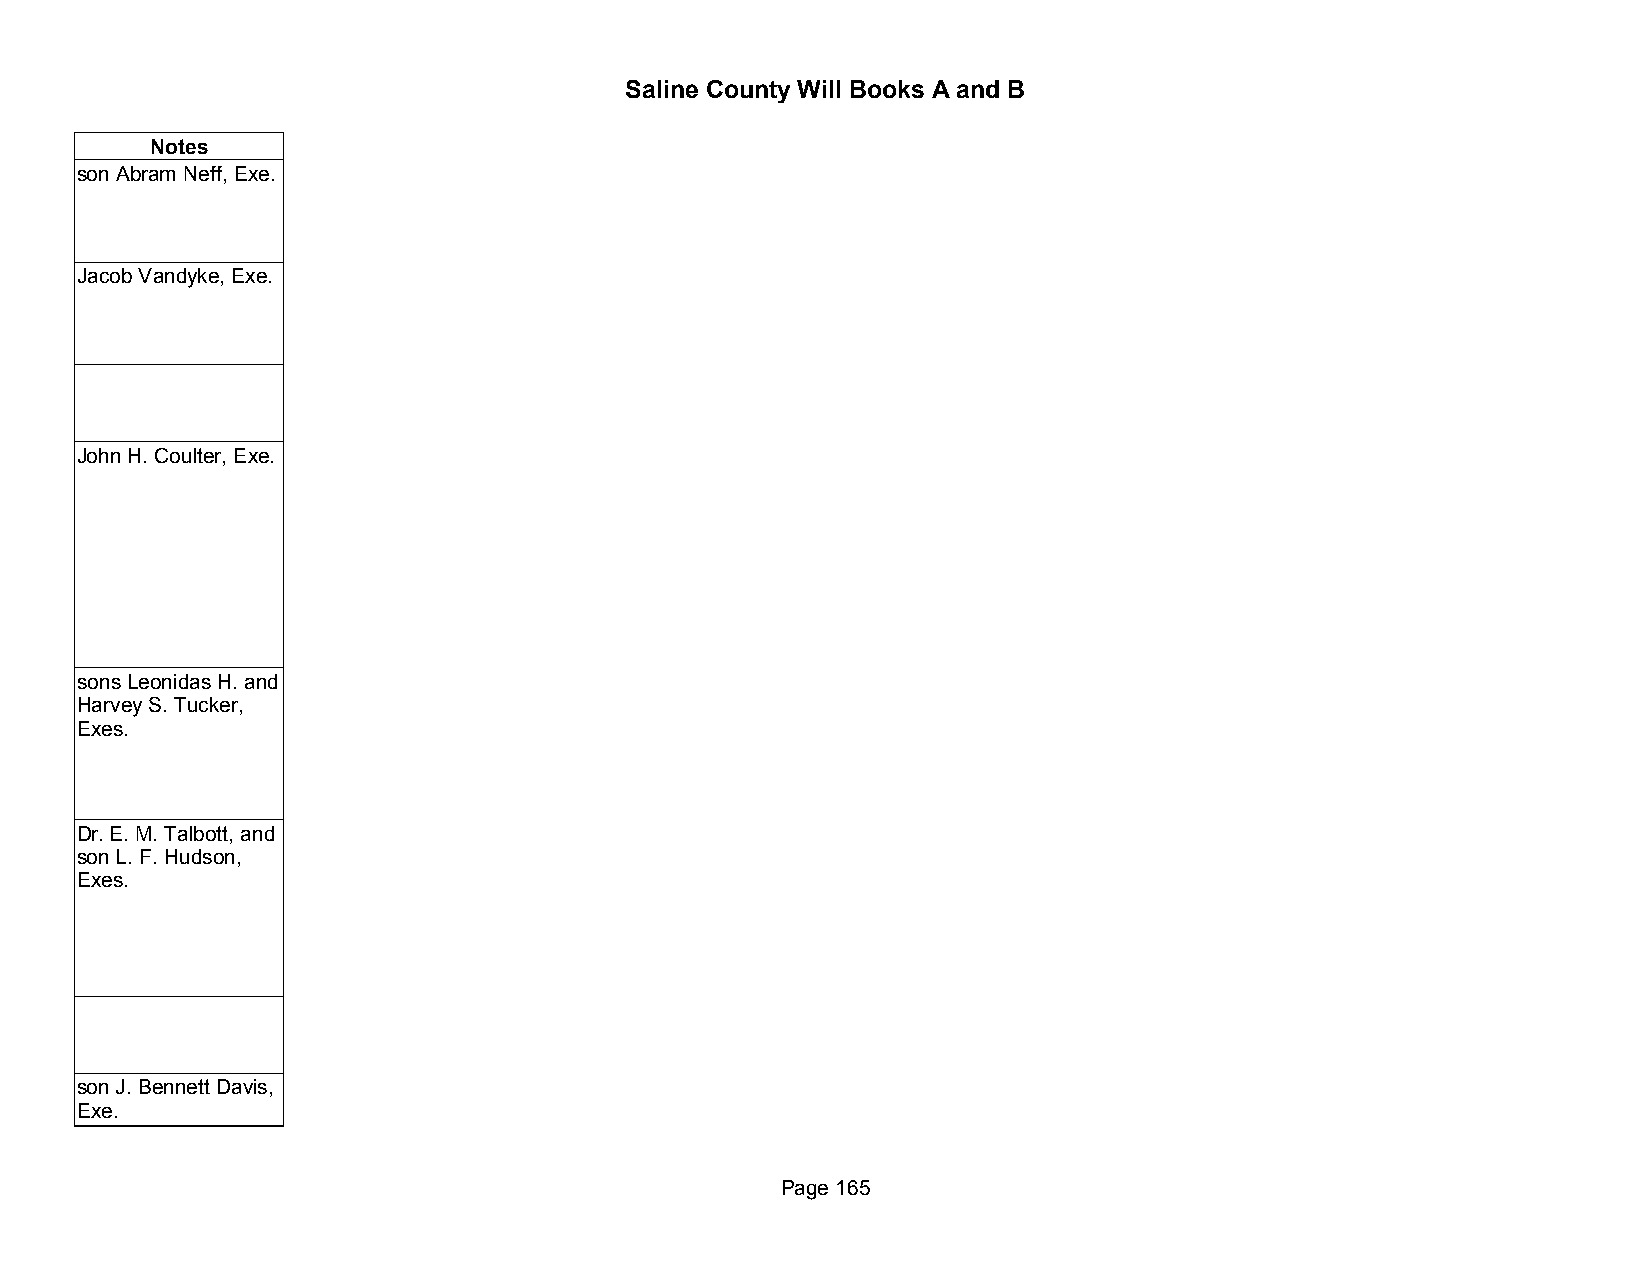
Saline County Will Books A and B
 Notes
 son Abram Neff, Exe.
 Jacob Vandyke, Exe.
 John H. Coulter, Exe.
 sons Leonidas H. and
 Harvey S. Tucker,
 Exes.
 Dr. E. M. Talbott, and
 son L. F. Hudson,
 Exes.
 son J. Bennett Davis,
 Exe.
 Page 165